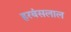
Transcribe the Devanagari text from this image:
हरबंसलाल